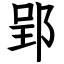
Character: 郢